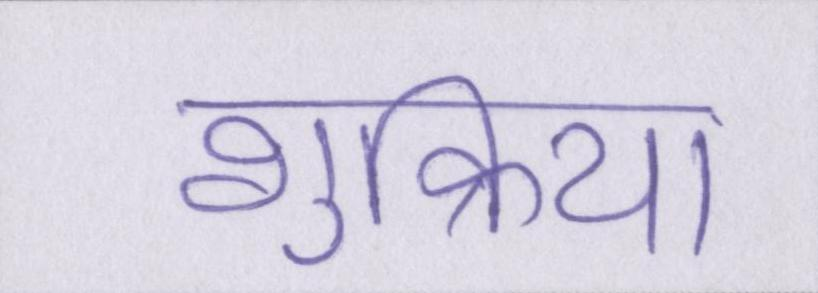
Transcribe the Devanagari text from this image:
शुक्रिया